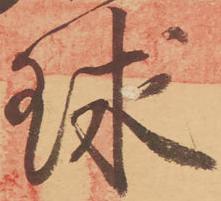
球